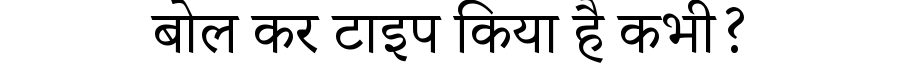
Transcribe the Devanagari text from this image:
बोल कर टाइप किया है कभी?